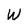
Character: W